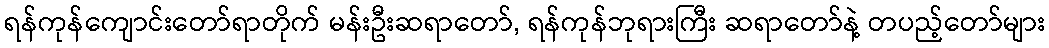
ရန်ကုန်ကျောင်းတော်ရာတိုက် မန်းဦးဆရာတော်, ရန်ကုန်ဘုရားကြီး ဆရာတော်နဲ့ တပည့်တော်များ